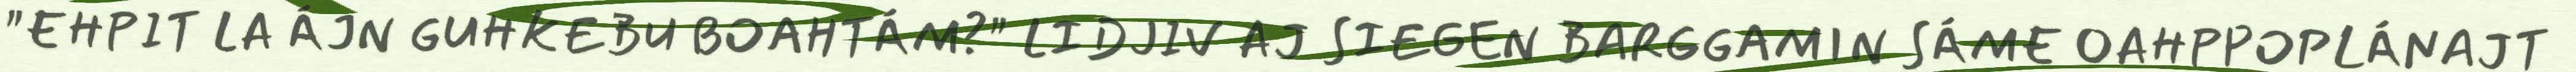
"EHPIT LA ÁJN GUHKEBU BOAHTÁM?" LIDJIV AJ SIEGEN BARGGAMIN SÁME OAHPPOPLÁNAJT